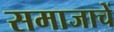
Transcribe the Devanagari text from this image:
समाजाचें